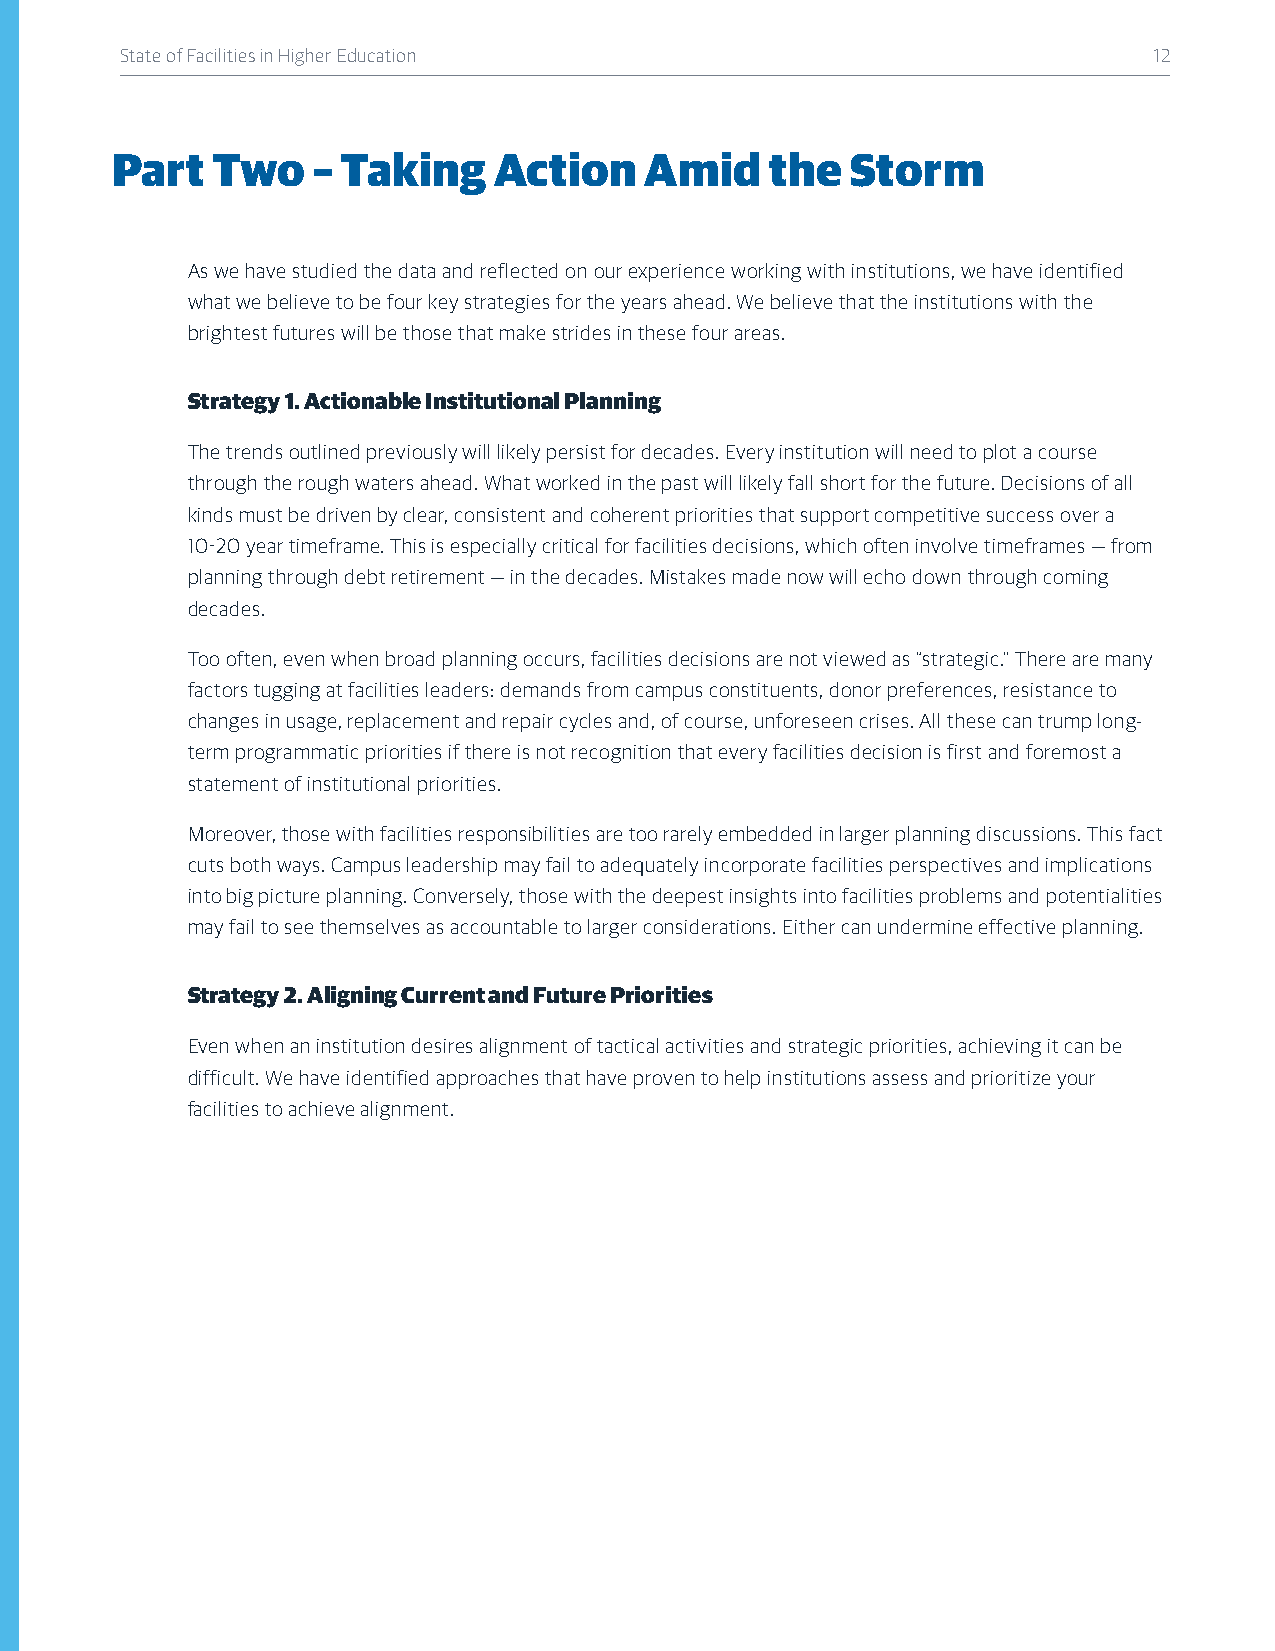
State of Facilities in Higher Education                             12
 Part   Two    – Taking    Action    Amid    the  Storm
 As we have studied the data and reflected on our experience working with institutions, we have identified
 what we believe to be four key strategies for the years ahead. We believe that the institutions with the
 brightest futures will be those that make strides in these four areas.
 Strategy 1. Actionable Institutional Planning
 The trends outlined previously will likely persist for decades. Every institution will need to plot a course
 through the rough waters ahead. What worked in the past will likely fall short for the future. Decisions of all
 kinds must be driven by clear, consistent and coherent priorities that support competitive success over a
 10-20 year timeframe. This is especially critical for facilities decisions, which often involve timeframes — from
 planning through debt retirement — in the decades. Mistakes made now will echo down through coming
 decades.
 Too often, even when broad planning occurs, facilities decisions are not viewed as “strategic.” There are many
 factors tugging at facilities leaders: demands from campus constituents, donor preferences, resistance to
 changes in usage, replacement and repair cycles and, of course, unforeseen crises. All these can trump long-
 term programmatic priorities if there is not recognition that every facilities decision is first and foremost a
 statement of institutional priorities.
 Moreover, those with facilities responsibilities are too rarely embedded in larger planning discussions. This fact
 cuts both ways. Campus leadership may fail to adequately incorporate facilities perspectives and implications
 into big picture planning. Conversely, those with the deepest insights into facilities problems and potentialities
 may fail to see themselves as accountable to larger considerations. Either can undermine effective planning.
 Strategy 2. Aligning Current and Future Priorities
 Even when an institution desires alignment of tactical activities and strategic priorities, achieving it can be
 difficult. We have identified approaches that have proven to help institutions assess and prioritize your
 facilities to achieve alignment.